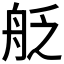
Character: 𮎊